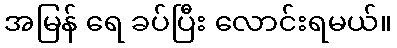
အမြန် ရေ ခပ်ပြီး လောင်းရမယ်။